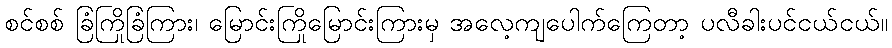
စင်စစ် ခြံကြိုခြံကြား၊ မြောင်းကြိုမြောင်းကြားမှ အလေ့ကျပေါက်ကြေတာ့ ပလီခါးပင်ငယ်ငယ်။